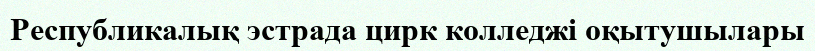
Республикалық эстрада цирк колледжі оқытушылары